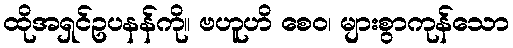
ထိုအရှင်ဥပနန်ကို။ ဗဟူဟိ စေဝ၊ များစွာကုန်သော